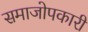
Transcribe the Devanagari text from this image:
समाजोपकारी